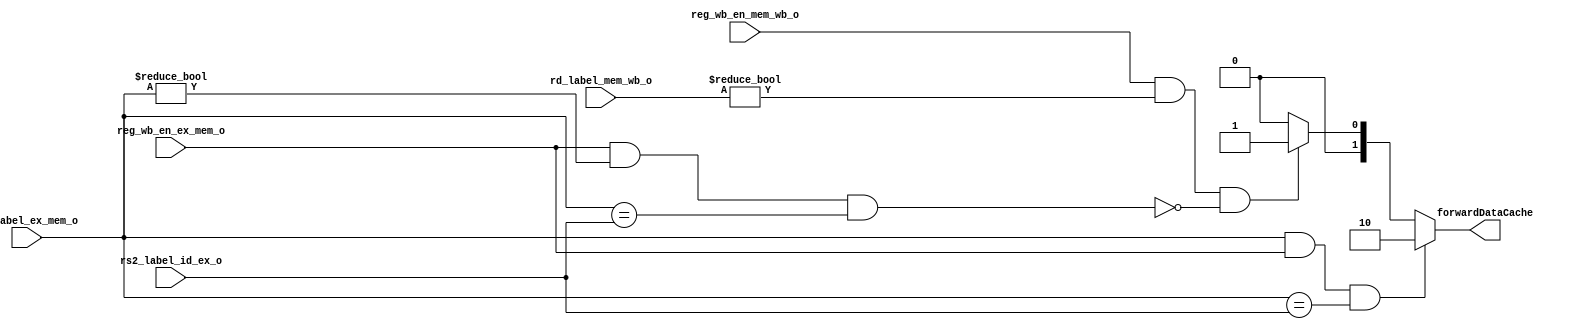
`timescale 1ns / 1ps

module forwarding_data_mem(
   input [4:0] rd_label_ex_mem_o,
   input [4:0] rd_label_mem_wb_o,
   input [4:0] rs2_label_id_ex_o,
    
   input reg_wb_en_ex_mem_o,
   input reg_wb_en_mem_wb_o,
   output reg [1:0] forwardDataCache
    );
    
    always @(*) begin    
        if(rd_label_ex_mem_o  && 
           reg_wb_en_ex_mem_o &&
           $signed(rd_label_ex_mem_o) == $signed(rs2_label_id_ex_o))
            begin                               
                    forwardDataCache = 2'b10; // RS2 = EX MEM  RD
            end         
        else if(reg_wb_en_mem_wb_o && (rd_label_mem_wb_o != 0) &&
        !(reg_wb_en_ex_mem_o && (rd_label_ex_mem_o != 0) && (rd_label_ex_mem_o == rs2_label_id_ex_o))) begin  
            forwardDataCache = 2'b01;
        end
        else
            begin
            forwardDataCache = 2'b00; //no forwarding
            end
    end
    
endmodule